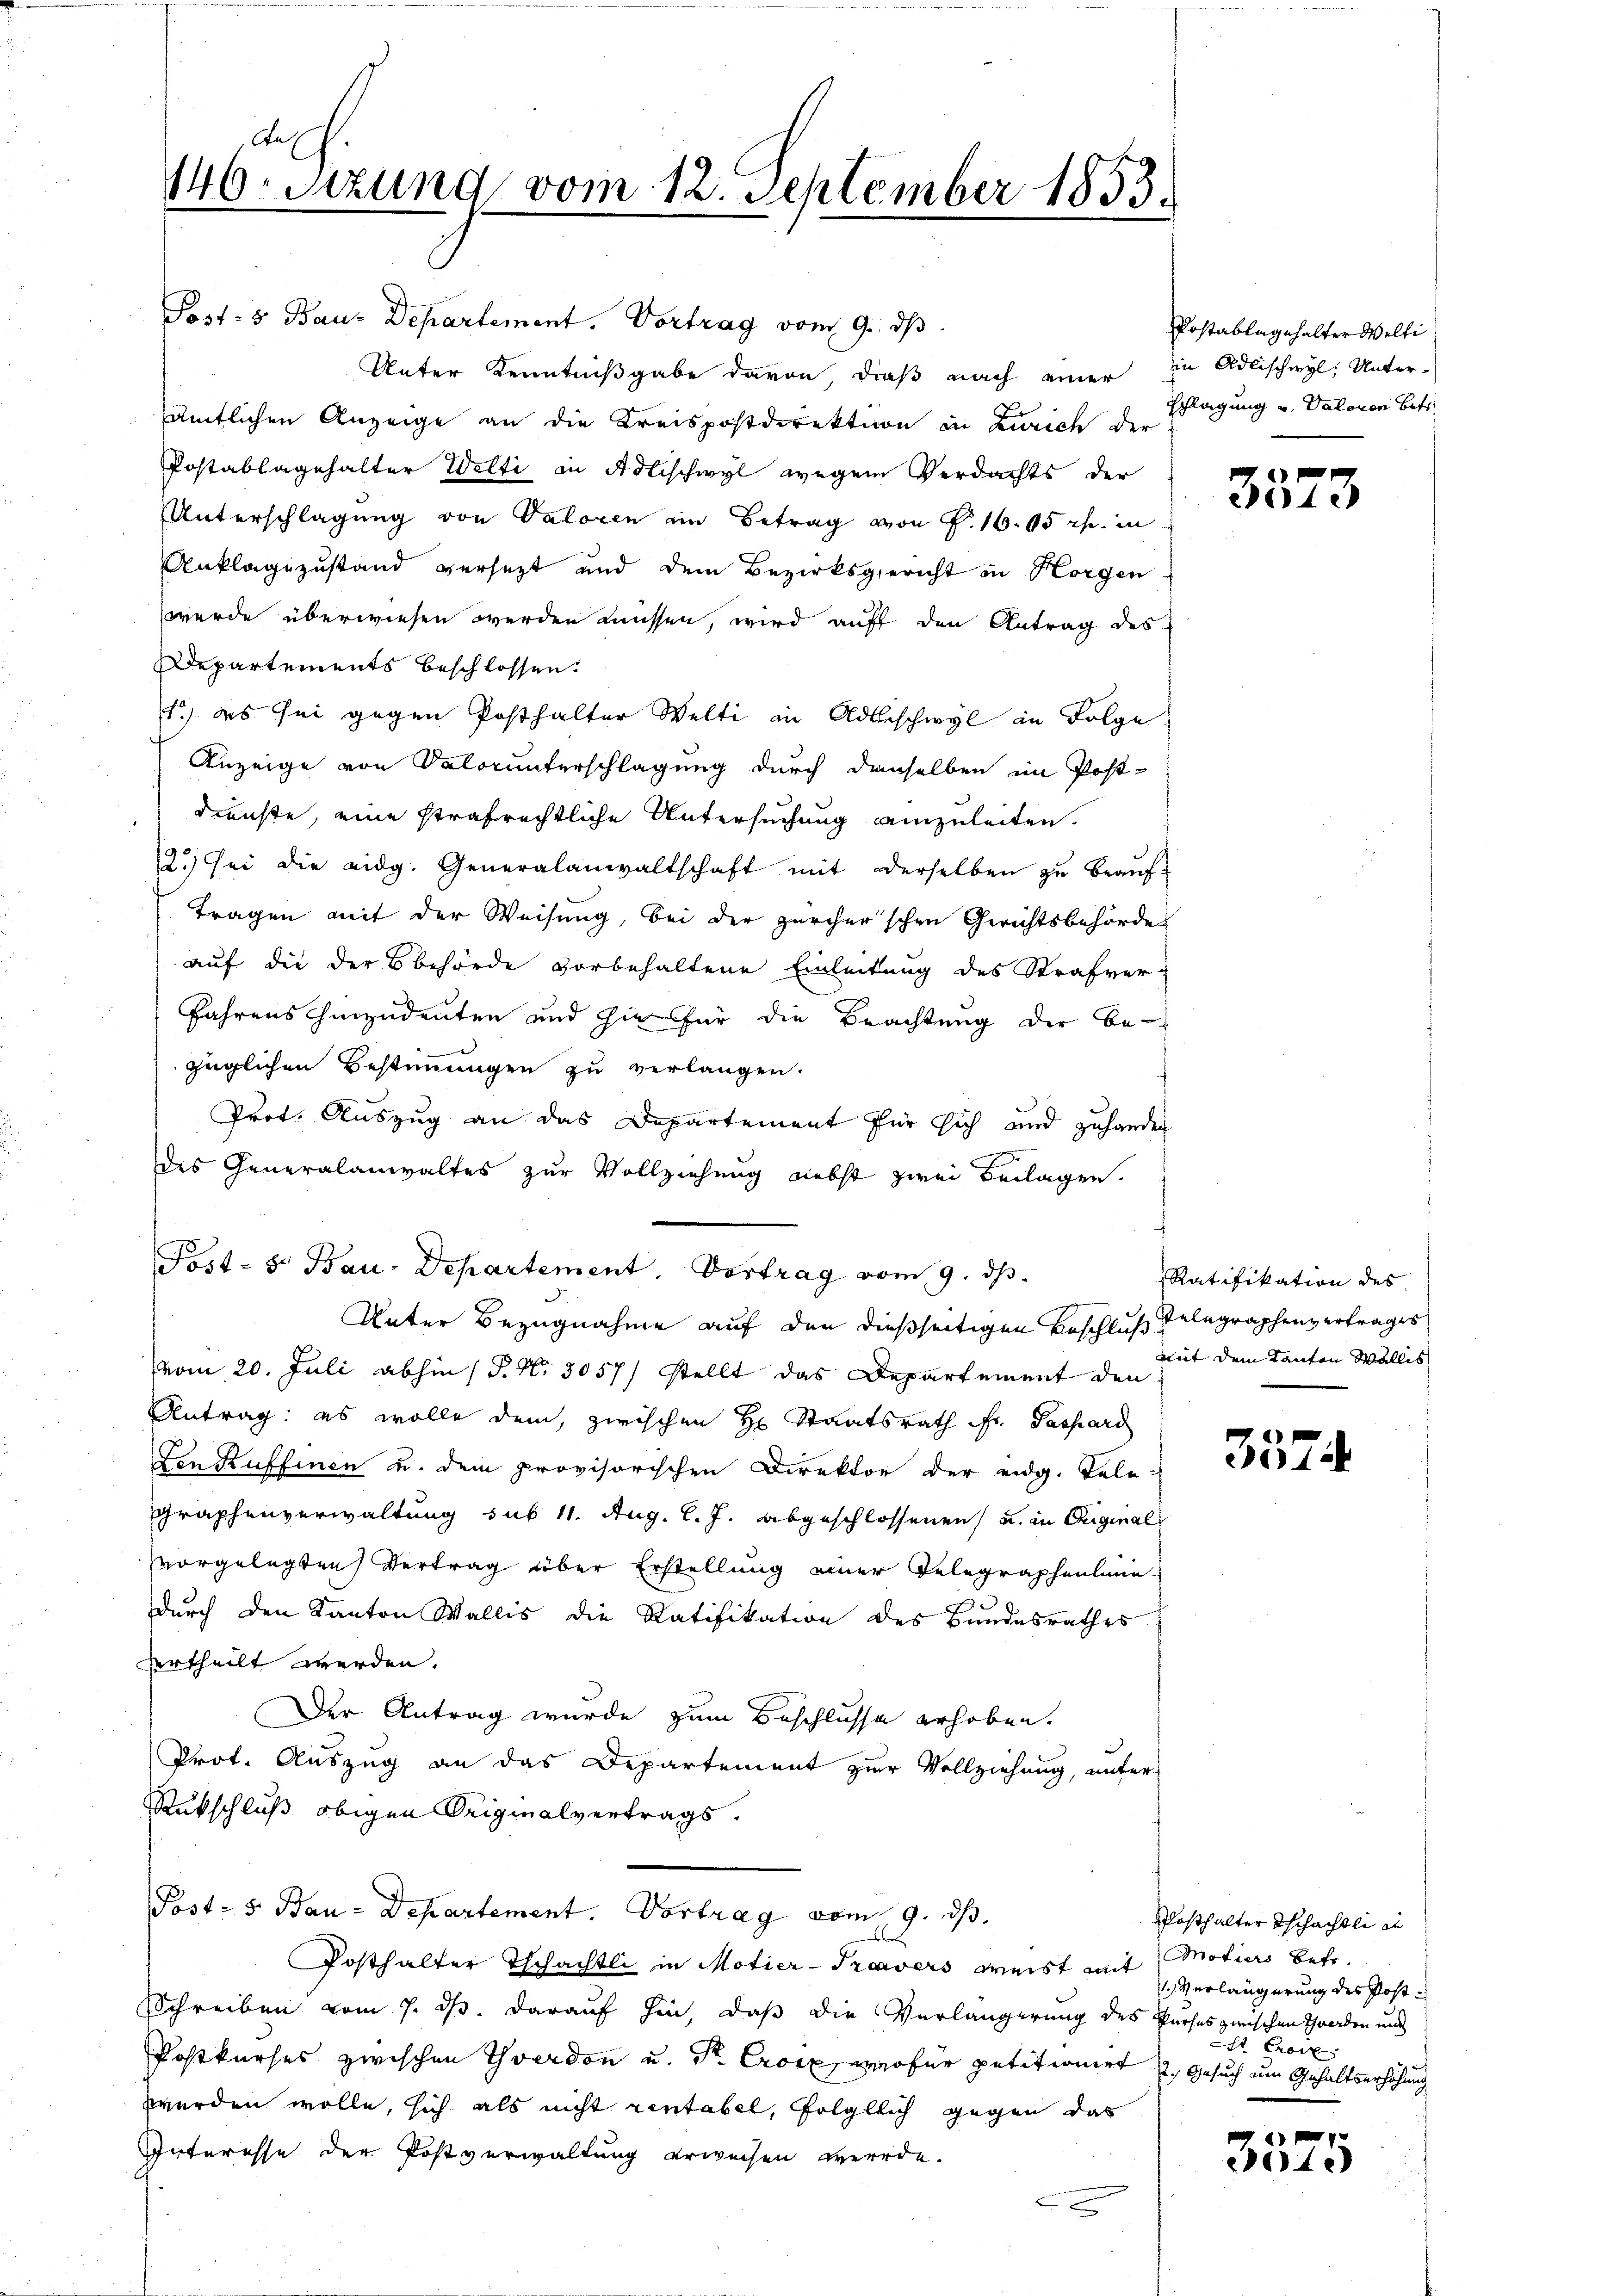
Aus
146.
Sizung vom 12. September 1853.

Post- & Bau-Departement. Vortrag vom 9. ds.
Unter Kenntnißgabe davon, dieß nach einer in Adlischwyl, Unteramtlichen Anzeige an die Kreispostdirektion in Zürich den Schlagung v. Valoren betr
Postablagehalter Welti in Adlischwyl wegen Verdachts der
Unterschlagung von Valoren im Betrag von P. 16. 65 rp. in
Anklagezustand versetzt und dem Bezirksgericht in Horgen
werde überwiesen werden müssen, wird auf den Antrag des
Departements beschlossen:
1) des sei gegen Posthalter Welti in Aldbeschwyl in Folge
Anzeige von Valorunterschlagung durch denselben im Post-
dienste, eine strafrechtliche Untersuchung anzuleiten.
2.) Sei die eidg. Generalanwaltschaft mit derselben zu beauf¬
Tragen mit der Weisung, bei der zürcher'schen Gerichtsbehörde
auf die der Bbehörde vorbehaltene Einleitung des Strafver¬
Jahrens hinzudeuten und sie für die Beachtung der be-
züglichen Bestimmungen zu verlangen.
Prot. Auszug an das Departement für sich und zuhander
des Generalanwaltes zur Vollziehung nebst zwei Beilagen.
Post- & Bau-Departement. Vortrag vom 9. ds.
Unter Bezugnahme auf den dießseitigen Beschluß gelegraphenvertrages
vvom 20. Juli abhin (P. Nr. 3057/ stellt das Departement den
Antrag: es wolle dem, zwischen H. Staatsrath Fr. Passard
Ein Kuffinen u. dem provisorischen Direktor der eidg. Telegraphenverwaltung sub 11. Aug. l. J. abgeschlossenen u. in Eiginalvorgelegten Vertrag über Erstellung einer Telegraphenlane
durch den Kanton Wallis die Ratifikation des Bundesrathes
vertheilt werden.
Der Antrag wurde zum Beschlusse erhoben.
Prot. Auszug an das Departement zur Vollziehung, unter
Rückschluß obigen Originalvertrags-
Post- & Bau-Departement. Vortrag vom 9. ds.
Posthalter Tschächtli in Motier-Travers weist mit
Schreiben vom 7. ds. darauf hin, daß die Verlängerung des Kurses zwischen Schwerden und
Postkurses zwischen Yverdon u. Dr. Croix, wofür petitionirt u. Gesuch um Gehaltserhöhung
werden wolle, sich als nicht rentabel, folglich gegen das
Interesse der Postverwaltung erweisen werde.
e

Postablagehalter Welti

3573

Ratifikation des
mit dem Kanton Wallis

3574

Posthalter Schächtlic
Motiers betr.
1 Verlängerung des Postr Croix

2
4.